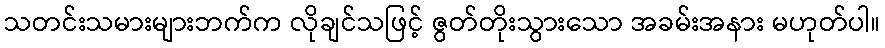
သတင်းသမားများဘက်က လိုချင်သဖြင့် ဇွတ်တိုးသွားသော အခမ်းအနား မဟုတ်ပါ။